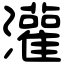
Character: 灌